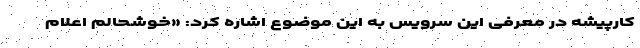
کارپیشه در معرفی این سرویس به این موضوع اشاره کرد: «خوشحالم اعلام